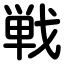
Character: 戦